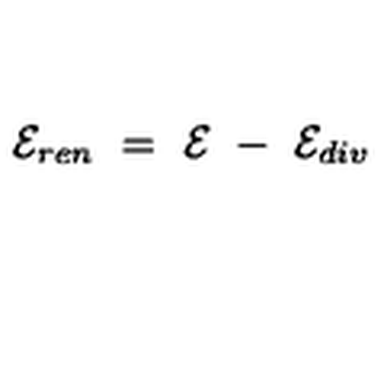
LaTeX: { \cal E } _ { r e n } \ = \ { \cal E } \ - \ { \cal E } _ { d i v } \